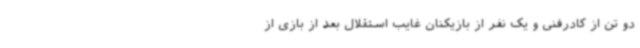
دو تن از کادرفنی و یک نفر از بازیکنان غایب استقلال بعد از بازی از